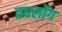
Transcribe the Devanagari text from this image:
तधलोंग